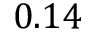
0 . 1 4